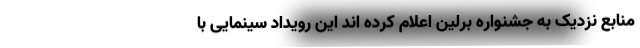
منابع نزدیک به جشنواره برلین اعلام کرده اند این رویداد سینمایی با